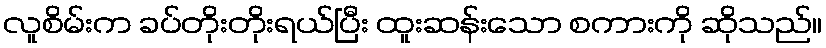
လူစိမ်းက ခပ်တိုးတိုးရယ်ပြီး ထူးဆန်းသော စကားကို ဆိုသည်။